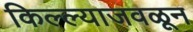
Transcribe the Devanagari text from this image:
किल्ल्याजवळून